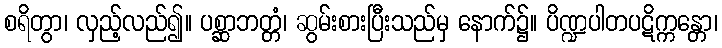
စရိတွာ၊ လှည့်လည်၍။ ပစ္ဆာဘတ္တံ၊ ဆွမ်းစားပြီးသည်မှ နောက်၌။ ပိဏ္ဍပါတပဋိက္ကန္တော၊